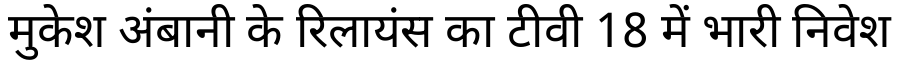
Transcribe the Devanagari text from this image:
मुकेश अंबानी के रिलायंस का टीवी 18 में भारी निवेश